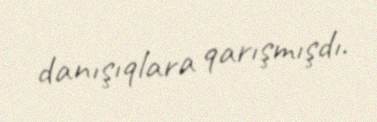
danışıqlara qarışmışdı.